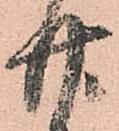
廿